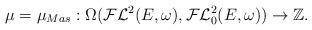
LaTeX: \begin{align*}\mu=\mu_{Mas}:\Omega(\mathcal{FL}^2(E,\omega),\mathcal{FL}^2_0(E,\omega))\rightarrow\mathbb{Z}.\end{align*}